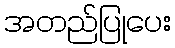
အတည်ပြုပေး